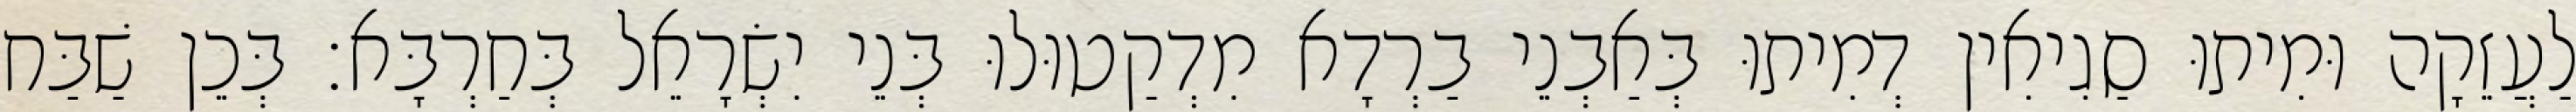
לַעֲזֵקָה וּמִיתוּ סַגִיאִין דְמִיתוּ בְּאַבְנֵי בַרְדָא מִדְקַטוּלוּ בְּנֵי יִשְׂרָאֵל בְּחַרְבָּא׃ בְּכֵן שַׁבַּח